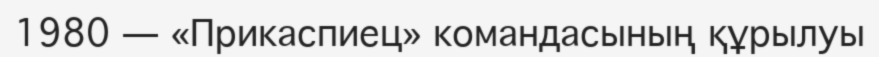
1980 — «Прикаспиец» командасының құрылуы